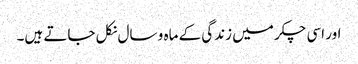
اور اسی چکر میں زندگی کے ماہ و سال نکل جاتے ہیں۔